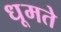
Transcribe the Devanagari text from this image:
धूमते